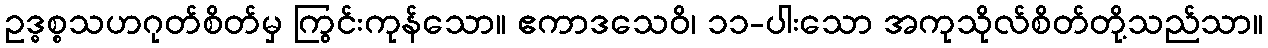
ဥဒ္ဓစ္စသဟဂုတ်စိတ်မှ ကြွင်းကုန်သော။ ဧကာဒသေဝိ၊ ၁၁-ပါးသော အကုသိုလ်စိတ်တို့သည်သာ။